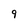
Character: 9